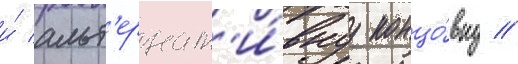
и́ альт'ернат'и́внуу концо́вку //